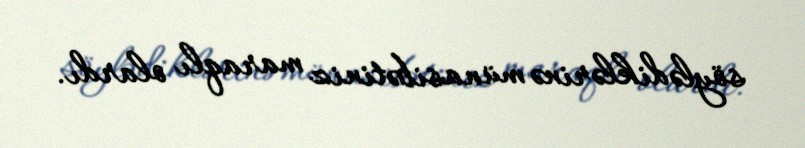
söylədiklərinə münasibətiniz maraqlı olardı.